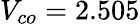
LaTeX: V_{co}=2.505